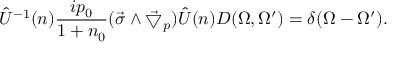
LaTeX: \hat { U } ^ { - 1 } ( n ) \frac { i p _ { 0 } } { 1 + n _ { 0 } } ( \vec { \sigma } \wedge \vec { \bigtriangledown } _ { p } ) \hat { U } ( n ) D ( \Omega , \Omega ^ { \prime } ) = \delta ( \Omega - \Omega ^ { \prime } ) .